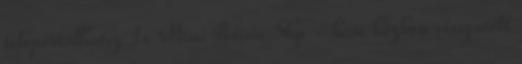
teleportálhatsz 1x Mini Potion 5hp - harc közben visszatölt